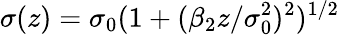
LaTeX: \sigma(z)=\sigma_{0}(1+(\beta_{2}z/\sigma_{0}^{2})^{2})^{1/2}